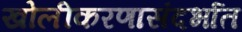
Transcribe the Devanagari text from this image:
खोलीकरणासंदर्भात